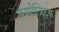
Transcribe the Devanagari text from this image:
कम्पोजिट्स